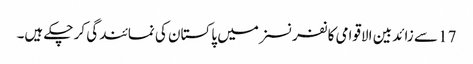
17 سے زائد بین الاقوامی کانفرنسزمیں پاکستان کی نمائندگی کر چکے ہیں۔